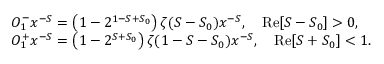
\begin{array} { r l } & { O _ { 1 } ^ { - } x ^ { - S } = \left( 1 - 2 ^ { 1 - S + S _ { 0 } } \right) \zeta ( S - S _ { 0 } ) x ^ { - S } , \quad \mathrm { R e } [ S - S _ { 0 } ] > 0 , } \\ & { O _ { 1 } ^ { + } x ^ { - S } = \left( 1 - 2 ^ { S + S _ { 0 } } \right) \zeta ( 1 - S - S _ { 0 } ) x ^ { - S } , \quad \mathrm { R e } [ S + S _ { 0 } ] < 1 . } \end{array}